Vaccination Hyderabad 1890-1903 - 1890-1903
Year: 1890
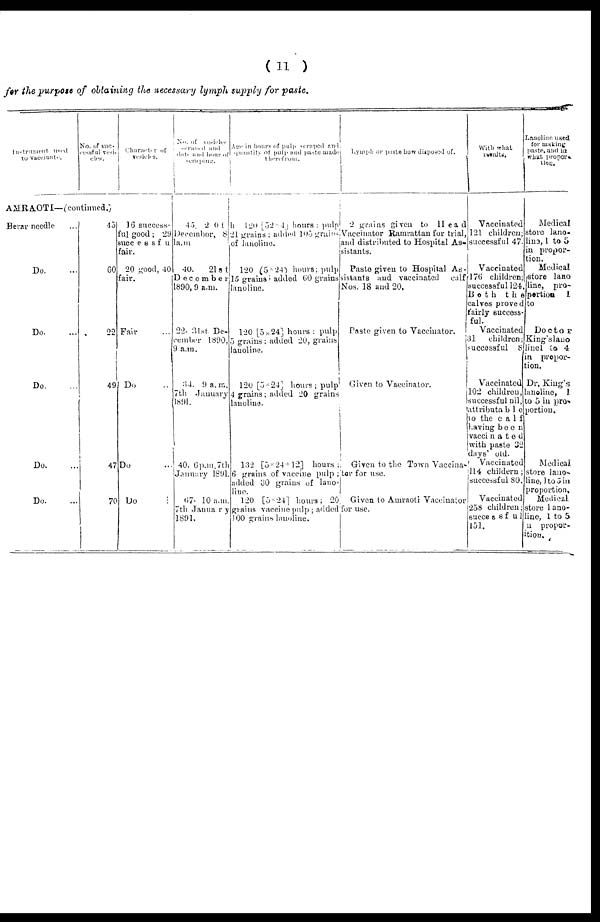
( 11 )
for the purpose of obtaining the necessary lymph supply for paste.
Instrument used
to vaccination.
No. of suc¬
cessful vasi¬
cles.
AMRAOTI—(continued.)
Berar needle ...
Do. ...
Do. ...
Do. ...
Do. ...
Do. ...
45
60
22
49
47
70
Character of
vesicles.
16 success-
ful good; 29
successful
fair.
20 good, 40
fair.
Fair ...
Do ...
Do ...
Do
...
No. of vesicles
scraped and
date and hour of
scraping.
45. 20th
December, 8
a.m.
40.
21st
December
1890, 9 a.m.
22. 31st De-
cember 1890,
9 a.m.
34. 9 a. m.
7th January
1891.
40. 6 p.m. 7th
January 1891.
67. 10 a.m.
7th January
1891.
Age in hours of pulp scraped and
quantity of pulp and paste made
therefrom.
120 [52 × 4] hours: pulp
21 grains; added 105 grains
of lanoline.
120 (5 × 24) hours; pulp
15 grains ; added 60 grains
lanoline.
120 [5 × 24] hours ; pulp
5 grains ; added 20, grains
lanoline.
120 [5 × 24] hours; pulp
4 grains; added 20 grains
lanoline.
132 [5 × 24 + 12] hours;
6 grains of vaccine pulp ;
added 30 grains of lano-
line.
120 [5 × 24] hours; 20
grains vaccine pulp ; added
100 grains lanoline.
Lymph or paste how disposed of.
2 grains given to Head
Vaccinator Ramrattan for trial,
and distributed to Hospital As-
sistants.
Paste given to Hospital As-
sistants and vaccinated calf
Nos. 18 and 20.
Paste given to Vaccinator.
Given to Vaccinator.
Given to the Town Vaccina-
tor for use.
Given to Amraoti Vaccinator
for use.
With what
results.
Vaccinated
121 children;
successful 47.
Vaccinated
176 children;
successful 124,
Both
the
calves proved
fairly success-
ful.
Vaccinated
31 children;
successful 8
Vaccinated
102 children,
successful nil,
attributable
to the calf
having been
vaccinated
with paste 32
days' old.
Vaccinated
114 childern;
successful 80.
Vaccinated
258 children;
successfu1
151.
Lanoline used
for making
paste and in
what propor¬
tion.
Medical
store lano-
line, 1 to 5
in propor-
tion.
Medical
store lano-
line, pro-
portion 1
to
Doctor
King's lano-
linel to 4
in propor-
tion.
Dr. King's
lanoline, 1
to 5 in pro-
portion.
Medical
store lano-
line, 1 to 5 in
proportion.
Medical
store lano-
line, 1 to 5
in propor-
tion.